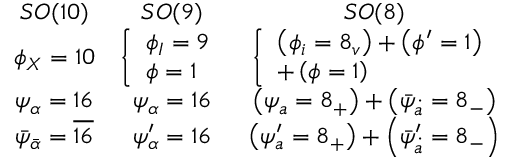
\begin{array} { c c c } { { S O ( 1 0 ) } } & { { S O ( 9 ) \begin{array} { l } \end{array} } } & { { S O ( 8 ) } } \\ { { \phi _ { X } = 1 0 } } & { { \left\{ \begin{array} { l } { { \phi _ { I } = 9 } } \\ { { \phi = 1 } } \end{array} \right. } } & { { \left\{ \begin{array} { l } { { \left( \phi _ { i } = 8 _ { v } \right) + \left( \phi ^ { \prime } = 1 \right) } } \\ { { + \left( \phi = 1 \right) } } \end{array} \right. } } \\ { { \psi _ { \alpha } = 1 6 } } & { { \psi _ { \alpha } = 1 6 } } & { { \left( \psi _ { a } = 8 _ { + } \right) + \left( \bar { \psi } _ { \dot { a } } = 8 _ { - } \right) } } \\ { { \bar { \psi } _ { \bar { \alpha } } = \overline { { { 1 6 } } } } } & { { \psi _ { \alpha } ^ { \prime } = 1 6 } } & { { \left( \psi _ { a } ^ { \prime } = 8 _ { + } \right) + \left( \bar { \psi } _ { \dot { a } } ^ { \prime } = 8 _ { - } \right) } } \end{array}